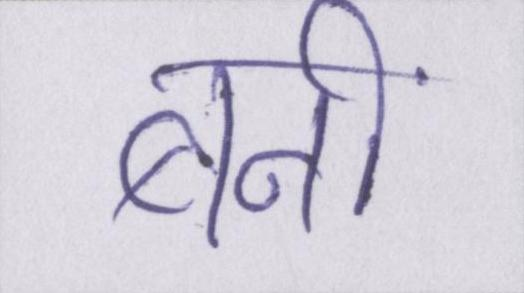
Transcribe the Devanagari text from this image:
बनीं